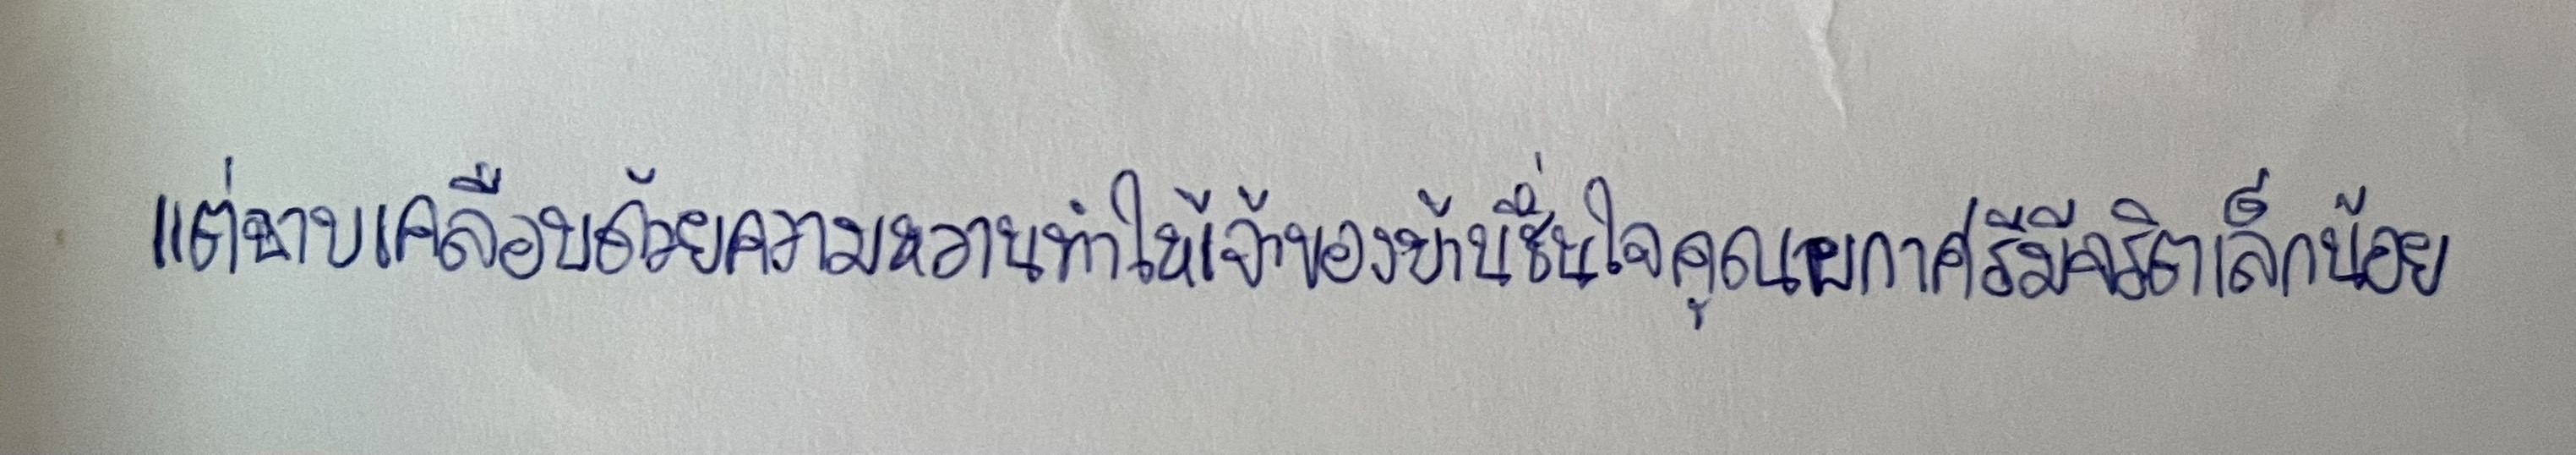
แต่ฉาบเคลือบด้วยความหวานทำให้เจ้าของบ้านชื่นใจคุณผกาศรีมีจริตเล็กน้อย